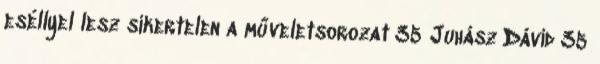
eséllyel lesz sikertelen a műveletsorozat 35 Juhász Dávid 35